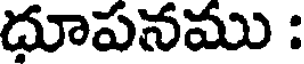
దూపనము :